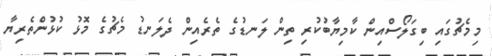
މިމެޗުގައި ބިގަލޯސްއިން ކާމިޔާބުކުރި ތިން ލަނޑުގެ ތެރެއިން ދެލަނޑު މެޗުގެ މޮޅު ކުޅުންތެރިޔާ